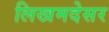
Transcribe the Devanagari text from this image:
लिखमदेसर